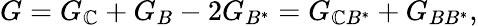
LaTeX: G=G_{\mathbb{C}}+G_{B}-2G_{B^{\ast}}=G_{\mathbb{C}B^{\ast}}+G_{BB^{\ast}},